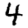
Digit: 4